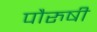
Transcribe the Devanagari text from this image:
पौरुषी